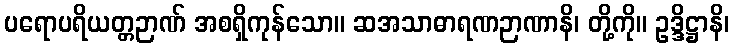
ပရောပရိယတ္တဉာဏ် အစရှိကုန်သော။ ဆအသာဓာရဏဉာဏာနိ၊ တို့ကို။ ဥဒ္ဒိဋ္ဌာနိ၊